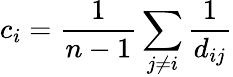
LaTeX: c_{i}=\frac{1}{n-1}\sum_{j\neq i}\frac{1}{d_{ij}}